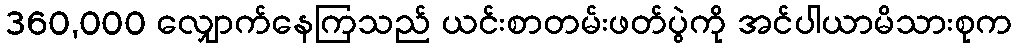
360,000 လျှောက်နေကြသည် ယင်းစာတမ်းဖတ်ပွဲကို အင်ပါယာမိသားစုက